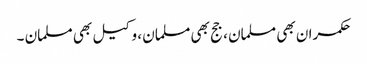
حکمران بھی مسلمان ، جج بھی مسلمان ، وکیل بھی مسلمان ۔